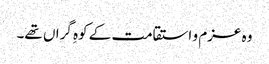
وہ عزم و استقامت کے کوہِ گراں تھے۔